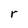
Character: r